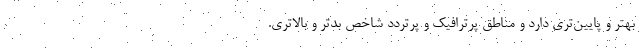
بهتر و پایین‌تری دارد و مناطق پرترافیک و پرتردد شاخص بدتر و بالاتری.